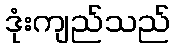
ဒုံးကျည်သည်